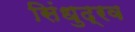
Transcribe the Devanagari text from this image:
सिंधुद्रव